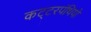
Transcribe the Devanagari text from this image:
कट्‍टरपंथियों